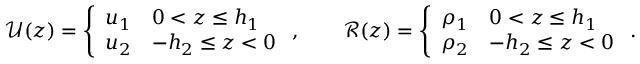
\begin{array} { r } { \mathcal { U } ( z ) = \left\{ \begin{array} { l l } { u _ { 1 } } & { 0 < z \le h _ { 1 } } \\ { u _ { 2 } } & { - h _ { 2 } \le z < 0 } \end{array} \right. , \qquad \mathcal { R } ( z ) = \left\{ \begin{array} { l l } { \rho _ { 1 } } & { 0 < z \le h _ { 1 } } \\ { \rho _ { 2 } } & { - h _ { 2 } \le z < 0 } \end{array} \right. . } \end{array}